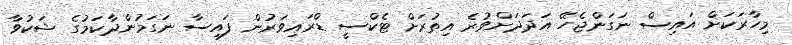
މިހާރަކަށް އައިސް ނަގަންޖެހޭ އަދަދަށްވުރެ އިތުރަށް ޓެކްސީ ޑްރައިވަރުން ފައިސާ ނަގަމުންދާކަމުގެ ޝަކުވާ